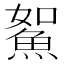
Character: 𩶯